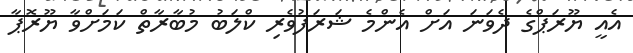
އެއީ ޔޫރަޕްގެ ދެވަނަ އަށް އެންމެ ޝަރަފުވެރި ކްލަބު މުބާރާތް ކަމަށްވާ ޔޫރޮޕާ